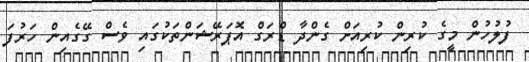
ފުލުހުން މީގެ ކުރިން ކުރިއަށް ގެންދާ ޑްރަގް އޮޕަރޭޝަންތަކުގައި ވެސް ގޭގެއިން ހަރުފަ